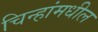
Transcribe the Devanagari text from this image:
चिन्हांमधील